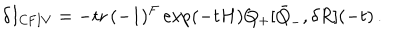
\delta I _ { \mathrm { C F I V } } = - \mathrm { t r } \, ( - 1 ) ^ { F } \exp ( - t H ) Q _ { + } [ \bar { Q } _ { - } , \delta R ] ( - t ) \, .